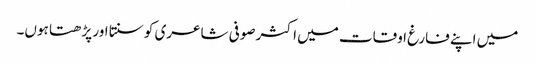
میں اپنے فارغ اوقات میں اکثر صوفی شاعری کو سنتا اور پڑھتا ہوں۔